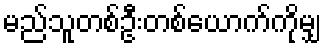
မည်သူတစ်ဦးတစ်ယောက်ကိုမျှ